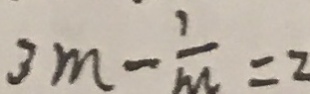
3 m - \frac { 1 } { m } = 2